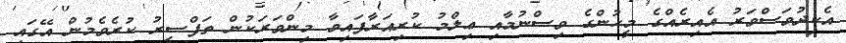
އެކިދުވަސްވަރު އެއިރެއްގެ މީހުންގެ ވިސްނުމާއި ޢިލްމު ކުރިއަރާފައިވާ މިންވަރަކުން ތަފްސީރު ކުރެވެމުން އޭގައި